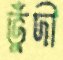
ভুঁদী